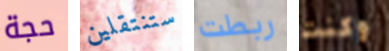
حجة ستنتقلين ربطت وكنت